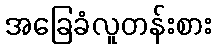
အခြေခံလူတန်းစား